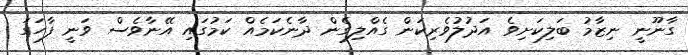
ގާނޫނީ ނިޒާމު ބަލިކަށިވެ އަދުލުވެރިކަން ގެއްލިގެން ދާނެކަމެއް ކަމުގައި އޭނާވެސް ވަނީ ފާހަގަ